Newspaper: Semi-weekly interior journal. [volume]
Place of publication: Stanford, Ky.
Publisher: W.P. Walton
Date: 1890-11-11 00:00:00
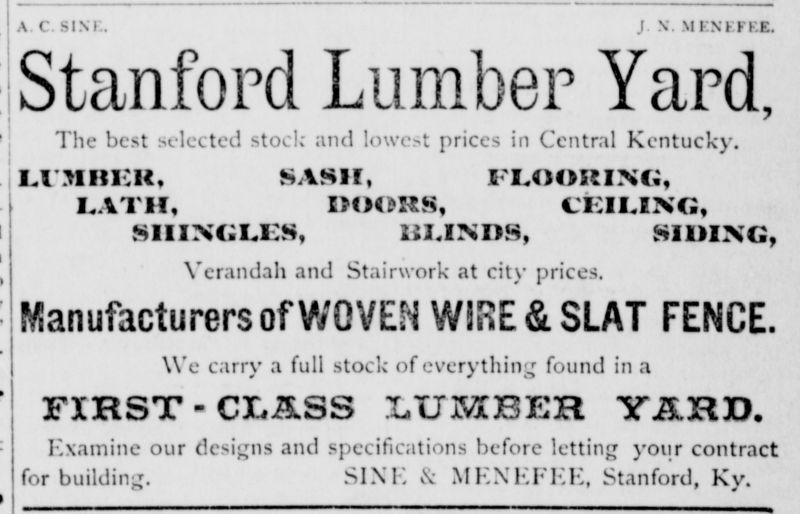
Advertisement text (OCR):
J X MKNEKEE. Lumber Yard, lowest prices in Central Kentucky. FLOORING, DOORS, CEILING, BLENDS, SIDING, Stairwork at city prices. W!RE &SLAT FENCE. of everything found in a XUMBEH yHB. specifications before letting your contract & MEXEFKE, Stanford, Ky. a c sim: Stanford The best selected stock and UraREK, SASH, LATH, SHINGLES, Verandah and Manufacturers of WOVEN We carry a full stock FXKST - C3C,iSS Examine our designs and for buildin SINK t
Label: text-only